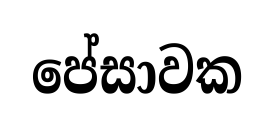
පේසාවක